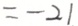
= - 2 1